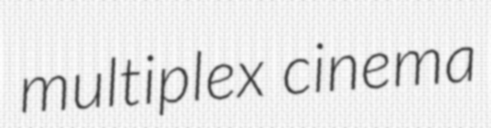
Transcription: multiplex cinema